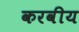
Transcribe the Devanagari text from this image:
करवीय